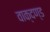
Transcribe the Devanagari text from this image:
वाक्दण्ड